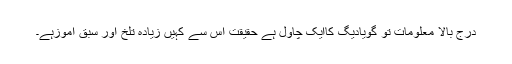
درج بالا معلومات تو گویادیگ کاایک چاول ہے حقیقت اس سے کہیں زیادہ تلخ اور سبق آموزہے۔